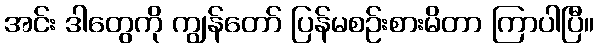
အင်း ဒါတွေကို ကျွန်တော် ပြန်မစဉ်းစားမိတာ ကြာပါပြီ။